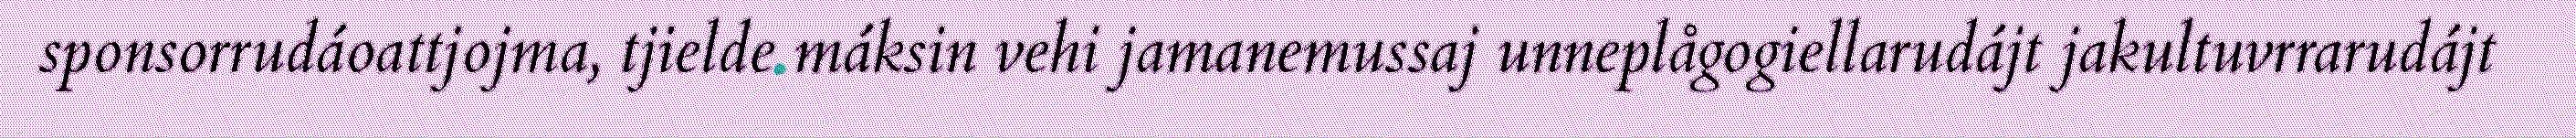
sponsorrudáoattjojma, tjielde máksin vehi jamanemussaj unneplågogiellarudájt jakultuvrrarudájt